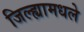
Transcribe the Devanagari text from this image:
जिल्ह्यामधले